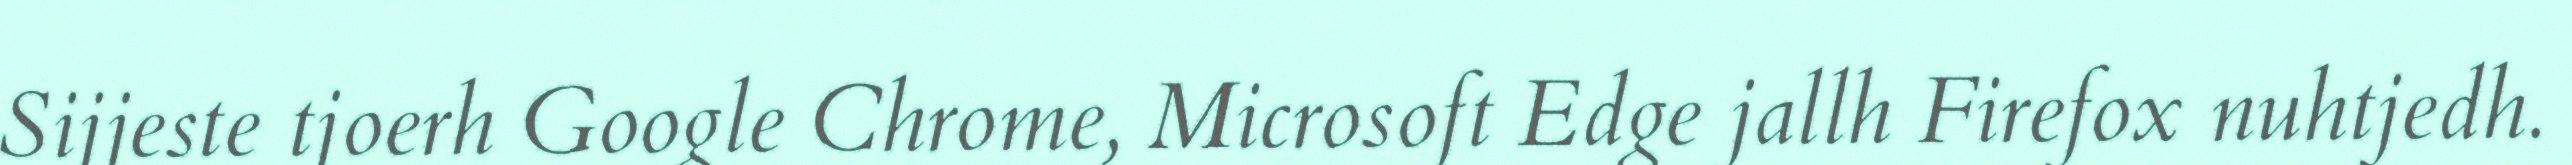
Sijjeste tjoerh Google Chrome, Microsoft Edge jallh Firefox nuhtjedh.